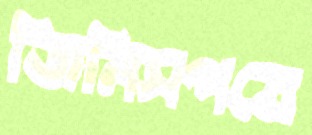
জিনিসপত্রে